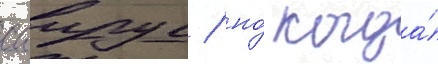
саирус / но́ когда́